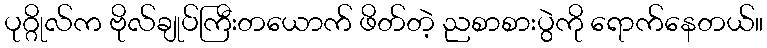
ပုဂ္ဂိုလ်က ဗိုလ်ချုပ်ကြီးတယောက် ဖိတ်တဲ့ ညစာစားပွဲကို ရောက်နေတယ်။